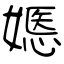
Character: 嫕